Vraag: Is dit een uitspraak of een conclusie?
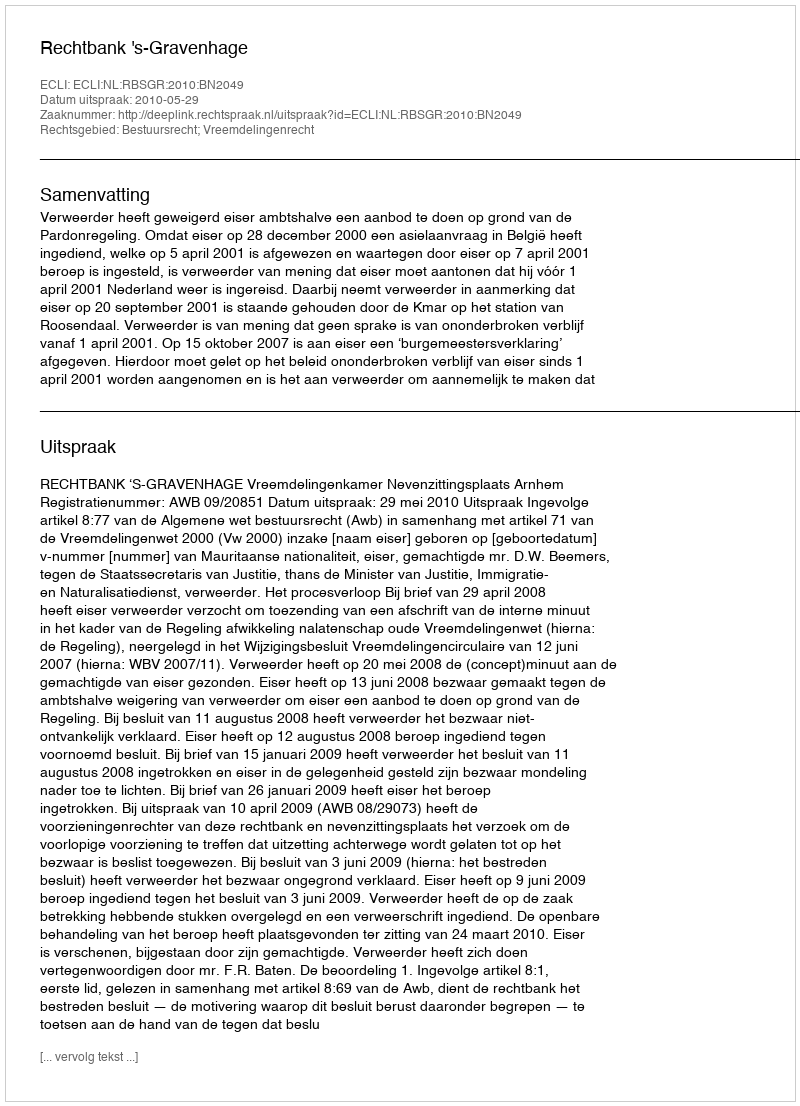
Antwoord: Uitspraak